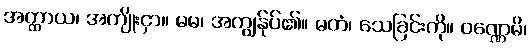
အတ္ထာယ၊ အကျိုးငှာ။ မမ၊ အကျွန်ုပ်၏။ မတံ၊ သေခြင်းကို။ ဝဏ္ဏေမိ၊